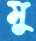
মু